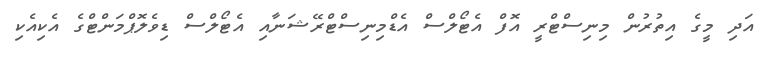
އަދި މީގެ އިތުރުން މިނިސްޓްރީ އޮފް އެޓޯލްސް އެޑްމިނިސްޓްރޭޝަނާއި އެޓޯލްސް ޑިވެލޮޕްމަންޓްގެ އެކިއެކި